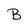
Character: B